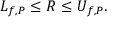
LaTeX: L _ { f , P } \leq R \leq U _ { f , P } . \,